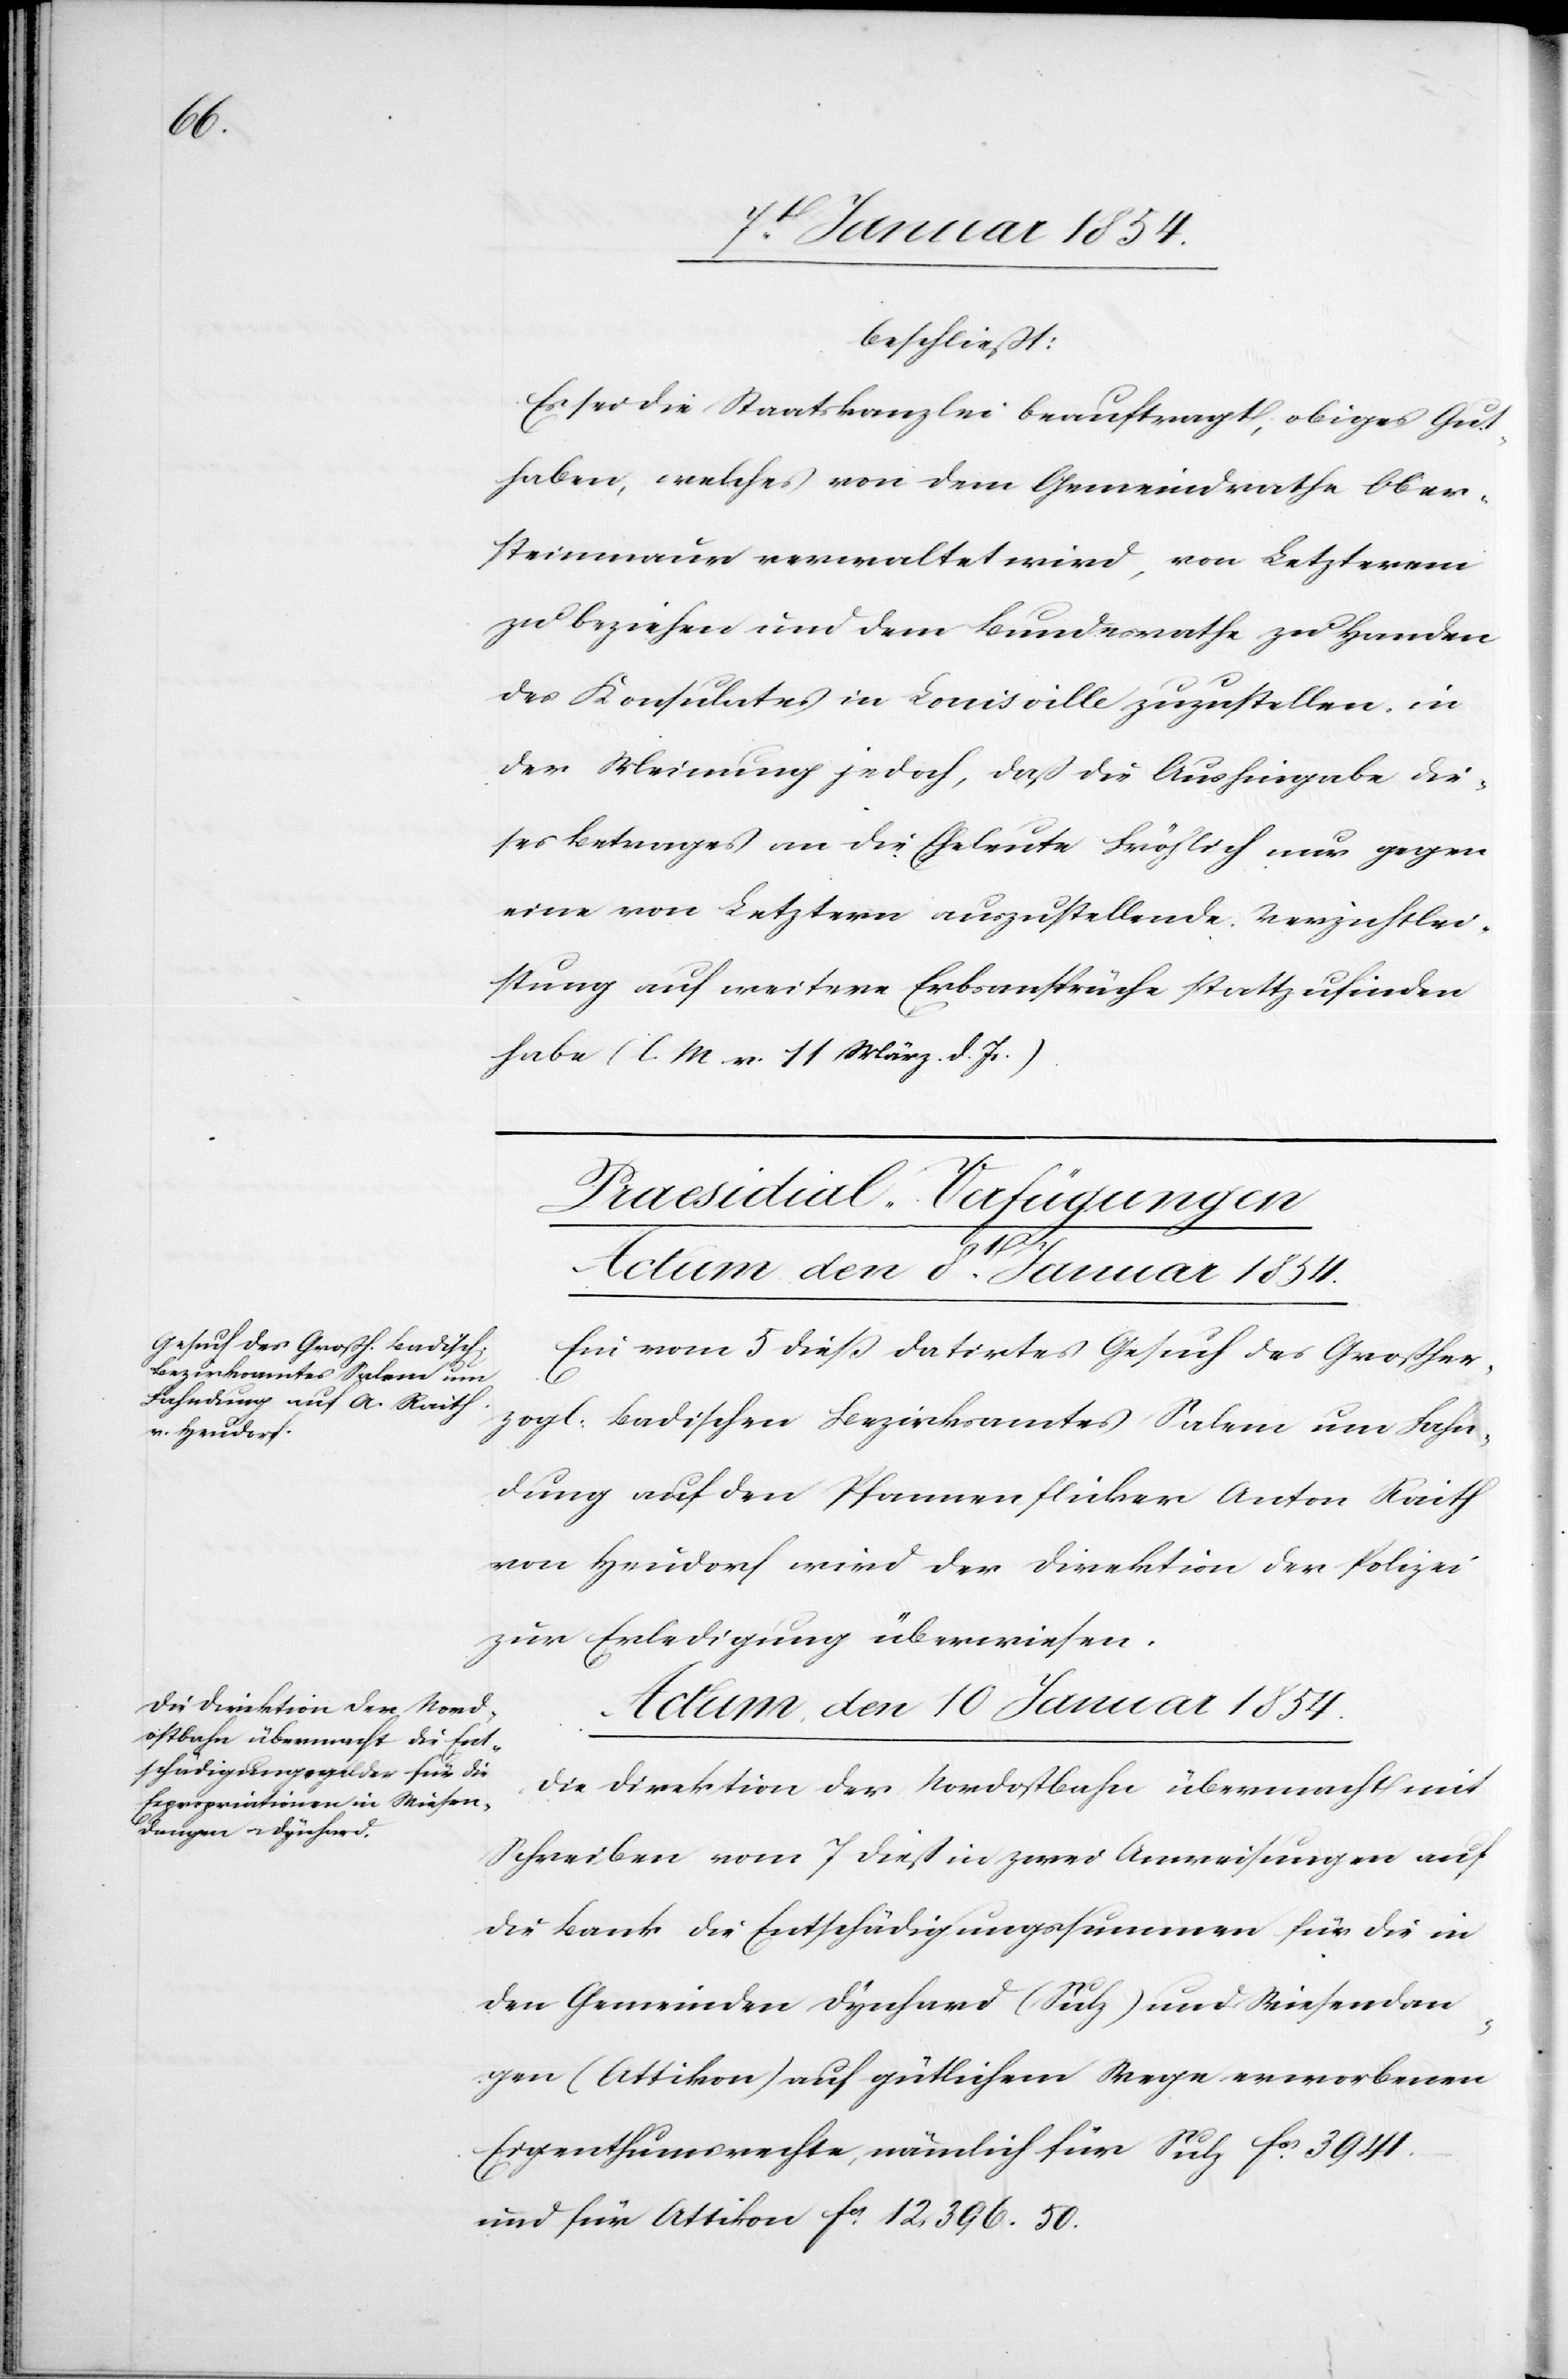
beschließt:
Es sei die Staatskanzlei beauftragt, obiges Gut¬
haben, welches von dem Gemeindrathe Ober¬
steinmaur verwaltet wird, von Letzterem
zu beziehen und dem Bundesrathe zu Handen
des Konsulates in Louisville zuzustellen, in
der Meinung jedoch, daß die Aushingabe die¬
ses Betrages an die Eheleute Fröhlich nur gegen
eine von Letztern auszustellende Verzichtlei¬
stung auf weitere Erbsansprüche stattzufinden
habe (l. M. v. 11 März. d. Js.).
[Praesidial-Verfügungen]
Actum den 8t Januar 1854.
Ein vom 5 dieß datirtes Gesuch des Großher¬
zogl. Badischen Bezirksamtes Salem um Fahn¬
dung auf den Pfannenflicker Anton Raith
von Heudorf wird der Direktion der Polizei
zur Erledigung überwiesen.
Actum den 10. Januar 1854.
Die Direktion der Nordostbahn übermacht mit
Schreiben vom 7 dieß in zwei Anweisungen auf
die Baute die Entschädigungssummen für die in
den Gemeinden Dynhard (Sulz) und Wiesendan¬
gen (Attikon) auf gütlichem Wege erworbenen
Eigenthumsrechte, nämlich für Sulz fcs. 3941.–
und für Attikon fcs. 12,396. 50.